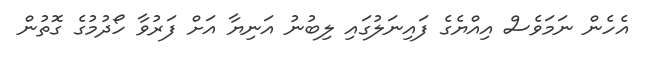
އެހެން ނަމަވެސް އިއްޔެގެ ފައިނަލުގައި ލިބުނު އަނިޔާ އަށް ފަރުވާ ހޯދުމުގެ ގޮތުން